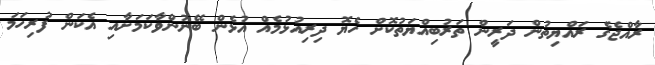
ރާއްޖެގެ ރައްޔިތުން ދަރީން ތަރުބިއްޔަތުކޮށް ހެޔޮ ދިރިއުޅުމެއް އުޅެން ބޭނުންވާކަމަށާއި އެކަން ފުރިހަމަ